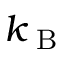
k _ { \textrm { B } }